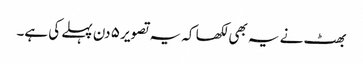
بھٹ نے یہ بھی لکھا کہ یہ تصویر ٥ دن پہلے کی ہے۔